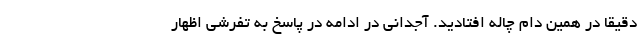
دقیقا در همین دام چاله افتادید. آجدانی در ادامه در پاسخ به تفرشی اظهار